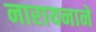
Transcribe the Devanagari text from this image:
नारायनाने